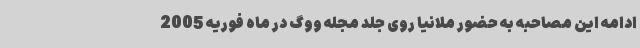
ادامه این مصاحبه به حضور ملانیا روی جلد مجله ووگ در ماه فوریه 2005